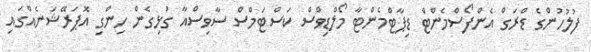
ފުލުހުންގެ ޑްރަގް އެންފޯސްމެންޓް ޑިޕާޓްމެންޓާ މޯލްޑިވްސް ކަސްޓަމްސް ސާވިސްއާ ގުޅިގެން ހިންގި އޮޕަރޭޝަނެއްގައި